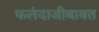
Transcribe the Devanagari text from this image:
फलंदाजीबाबत